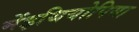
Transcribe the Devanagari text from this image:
मेंइथियोपिया